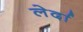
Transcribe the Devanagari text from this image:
लेर्दा